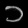
Digit: ၁